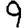
Digit: 9